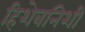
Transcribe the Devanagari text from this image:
हिशेबनिशी